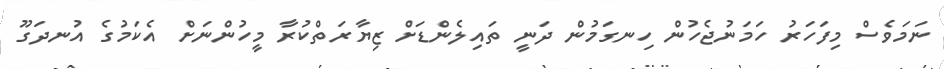
ނަމަވެސް މިފަހަރު ހަމަނުޖެހުން ހިނގަމުން ދަނީ ތައިލެންޑަށް ޒިޔާރަތްކުރާ މީހުންނަށް އެކަމުގެ އުނދަގޫ